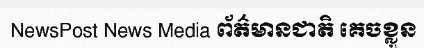
NewsPost News Media ព័ត៌មានជាតិ គេចខ្លួន